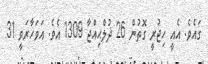
ގައެވެ. އެއީ ހިޖުރީ ގޮތުން 26 ޛުލްޙިއްޖާ 1309 އެވެ. އަވަހާރަވީ 31